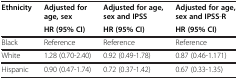
| Ethnicity | Adjusted for age, sex | Adjusted for age, sex and IPSS | Adjusted for age, sex and IPSS-R |
 |  | HR (95% CI) | HR (95% CI) | HR (95% CI) |
 | --- | --- | --- | --- |
 | Black | Reference | Reference | Reference |
 | White | 1.28 (0.70-2.40) | 0.92 (0.49-1.78) | 0.87 (0.46-1.171) |
 | Hispanic | 0.90 (0.47-1.74) | 0.72 (0.37-1.42) | 0.67 (0.33-1.35) |